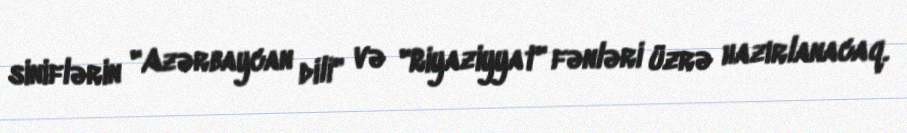
siniflərin "Azərbaycan dili" və "Riyaziyyat" fənləri üzrə hazırlanacaq.